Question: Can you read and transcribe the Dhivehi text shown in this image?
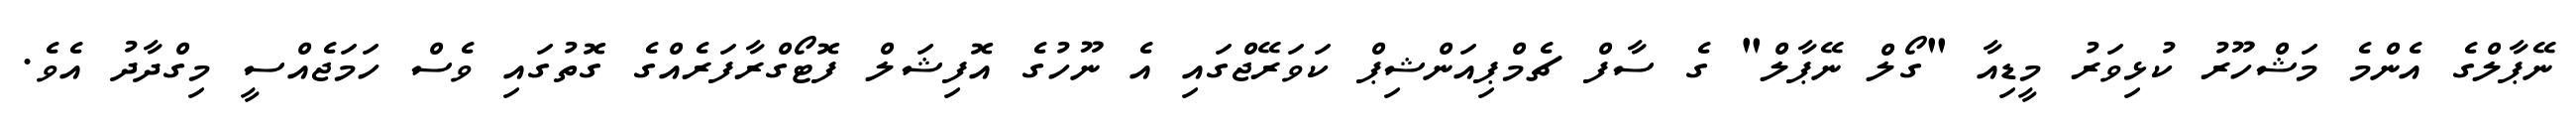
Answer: ނޭޕާލްގެ އެންމެ މަޝްހޫރު ކުޅިވަރު މީޑިއާ "ގޯލް ނޭޕާލް" ގެ ސާފް ޗެމްޕިއަންޝިޕް ކަވަރޭޖްގައި އެ ނޫހުގެ އޮފިޝަލް ފޮޓޯގްރާފަރެއްގެ ގޮތުގައި ވެސް ހަމަޖެއްސީ މިގްދާދު އެވެ.